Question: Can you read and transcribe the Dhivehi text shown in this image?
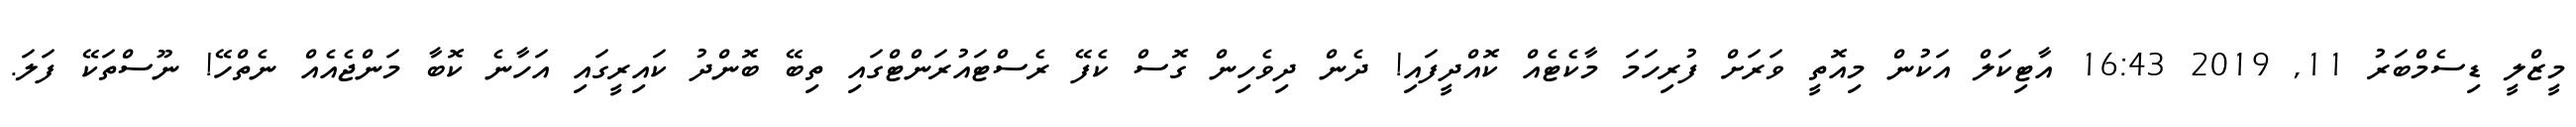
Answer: މީޒްލީ ޑިސެމްބަރު 11, 2019 16:43 އާޓިކަލް އަކުން މިއޮތީ ވަރަށް ފުރިހަމަ މާކެޓެއް ކޮއްދީފައި! ދެން ދިވެހިން ގޮސް ކެފޭ ރެސްޓައުރަންޓްގައި ތިބޭ ބޮންދު ކައިރީގައި އަހާނެ ކޮބާ މަންޖެއެއް ނެތްހޭ! ނޫސްތަކޭ ފަލަ.